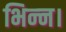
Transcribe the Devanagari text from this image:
भिन्‍न।